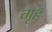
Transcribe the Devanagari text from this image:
गृहं